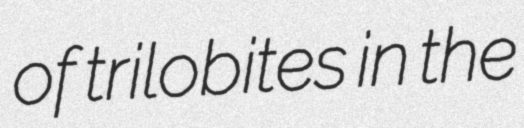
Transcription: of trilobites in the